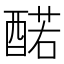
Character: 䤀